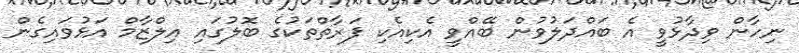
ނިހާން ވިދާޅުވީ އެ ބައްދަލުވުން ބޭއްވީ އެކިއެކި ފަރާތްތަކުގެ ބޮލުގައި އިލްޒާމް އަޅުވައިގެން